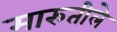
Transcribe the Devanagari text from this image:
मारुतीले